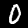
Digit: 0